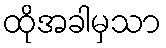
ထိုအခါမှသာ